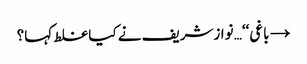
→ باغی‘‘… نوازشریف نے کیا غلط کہا؟